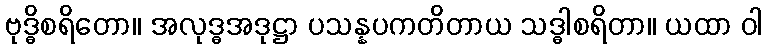
ဗုဒ္ဓိစရိတော။ အလုဒ္ဓအဒုဋ္ဌာ ပသန္နပကတိတာယ သဒ္ဓါစရိတာ။ ယထာ ဝါ